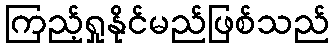
ကြည့်ရှုနိုင်မည်ဖြစ်သည်